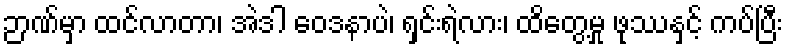
ဉာဏ်မှာ ထင်လာတာ၊ အဲဒါ ဝေဒနာပဲ၊ ရှင်းရဲလား၊ ထိတွေ့မှု ဖုဿနှင့် ကပ်ပြီး